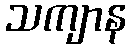
သကျာန